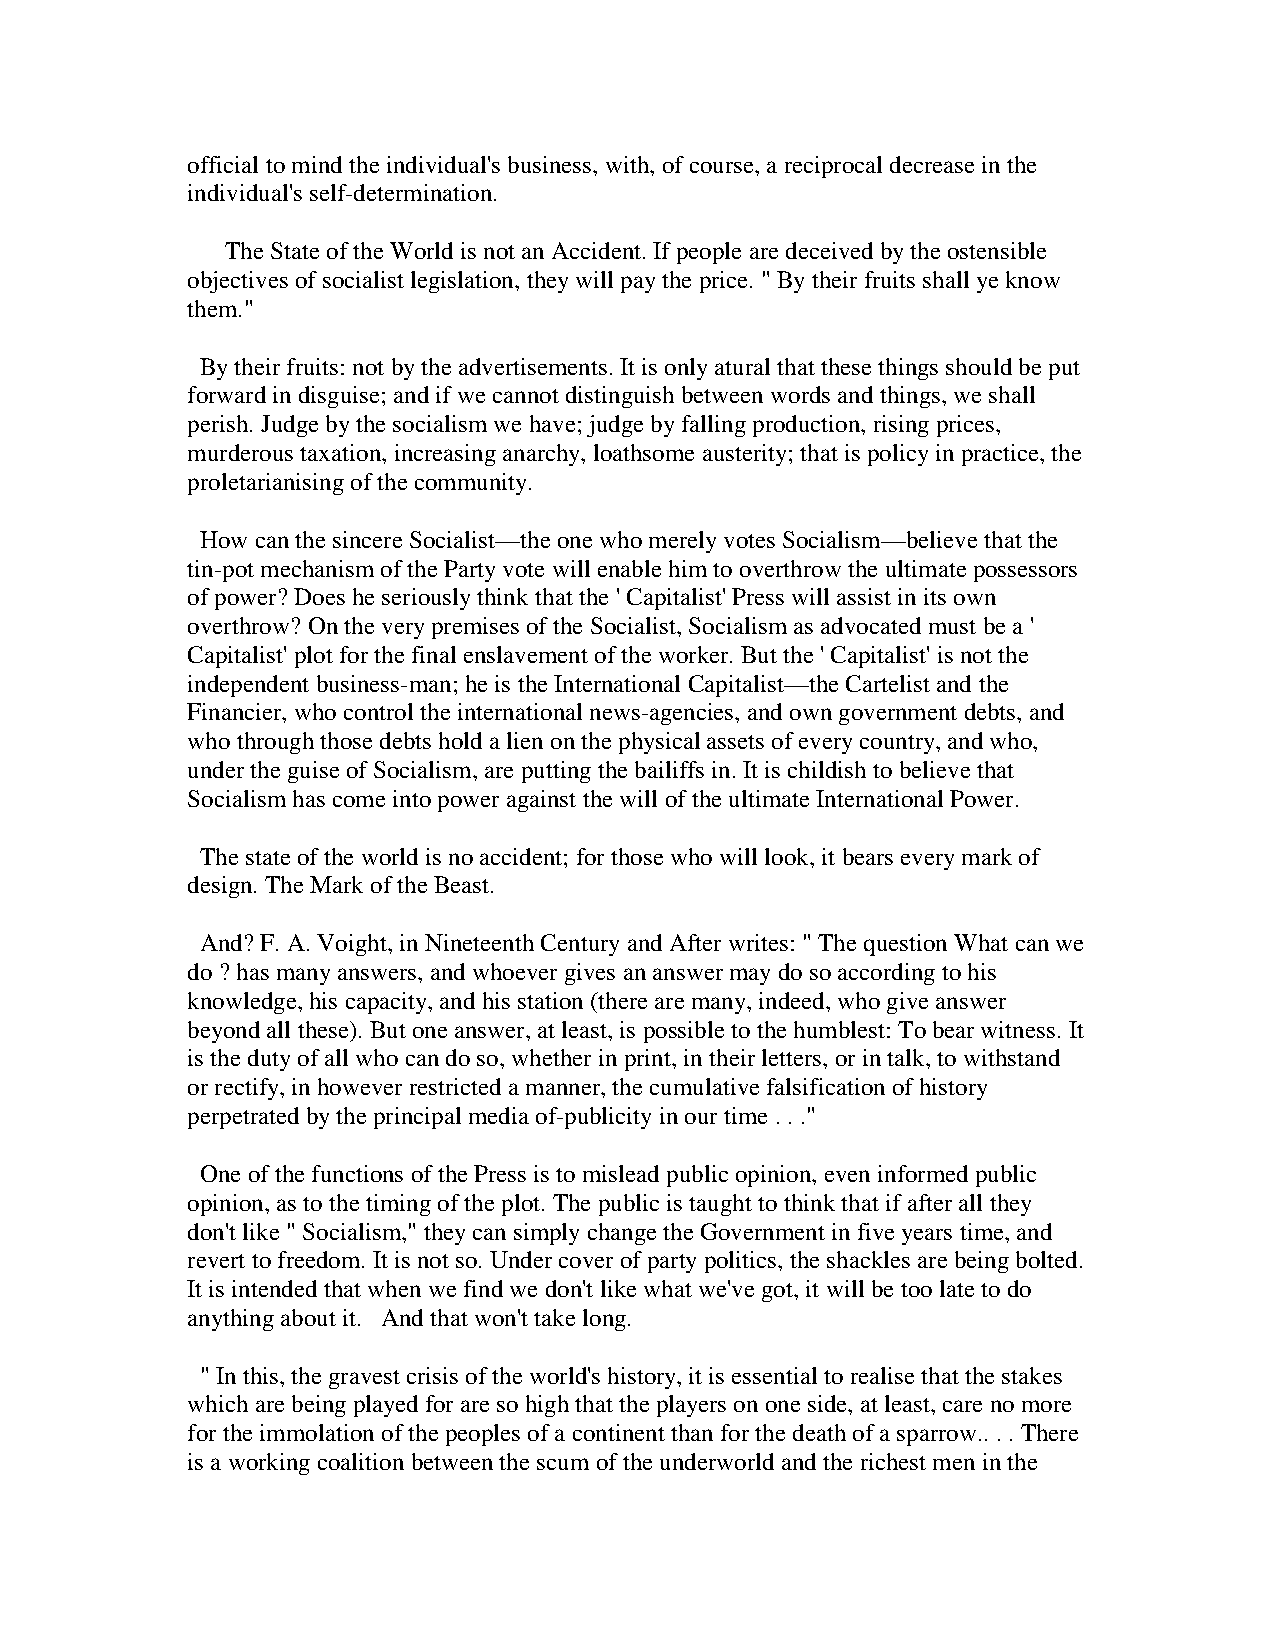
official to mind the individual's business, with, of course, a reciprocal decrease in the
 individual's self-determination.
 The State of the World is not an Accident. If people are deceived by the ostensible
 objectives of socialist legislation, they will pay the price. " By their fruits shall ye know
 them."
 By their fruits: not by the advertisements. It is only atural that these things should be put
 forward in disguise; and if we cannot distinguish between words and things, we shall
 perish. Judge by the socialism we have; judge by falling production, rising prices,
 murderous taxation, increasing anarchy, loathsome austerity; that is policy in practice, the
 proletarianising of the community.
 How can the sincere Socialist—the one who merely votes Socialism—believe that the
 tin-pot mechanism of the Party vote will enable him to overthrow the ultimate possessors
 of power? Does he seriously think that the ' Capitalist' Press will assist in its own
 overthrow? On the very premises of the Socialist, Socialism as advocated must be a '
 Capitalist' plot for the final enslavement of the worker. But the ' Capitalist' is not the
 independent business-man; he is the International Capitalist—the Cartelist and the
 Financier, who control the international news-agencies, and own government debts, and
 who through those debts hold a lien on the physical assets of every country, and who,
 under the guise of Socialism, are putting the bailiffs in. It is childish to believe that
 Socialism has come into power against the will of the ultimate International Power.
 The state of the world is no accident; for those who will look, it bears every mark of
 design. The Mark of the Beast.
 And? F. A. Voight, in Nineteenth Century and After writes: " The question What can we
 do ? has many answers, and whoever gives an answer may do so according to his
 knowledge, his capacity, and his station (there are many, indeed, who give answer
 beyond all these). But one answer, at least, is possible to the humblest: To bear witness. It
 is the duty of all who can do so, whether in print, in their letters, or in talk, to withstand
 or rectify, in however restricted a manner, the cumulative falsification of history
 perpetrated by the principal media of-publicity in our time . . ."
 One of the functions of the Press is to mislead public opinion, even informed public
 opinion, as to the timing of the plot. The public is taught to think that if after all they
 don't like " Socialism," they can simply change the Government in five years time, and
 revert to freedom. It is not so. Under cover of party politics, the shackles are being bolted.
 It is intended that when we find we don't like what we've got, it will be too late to do
 anything about it. And that won't take long.
 " In this, the gravest crisis of the world's history, it is essential to realise that the stakes
 which are being played for are so high that the players on one side, at least, care no more
 for the immolation of the peoples of a continent than for the death of a sparrow.. . . There
 is a working coalition between the scum of the underworld and the richest men in the